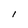
Character: l